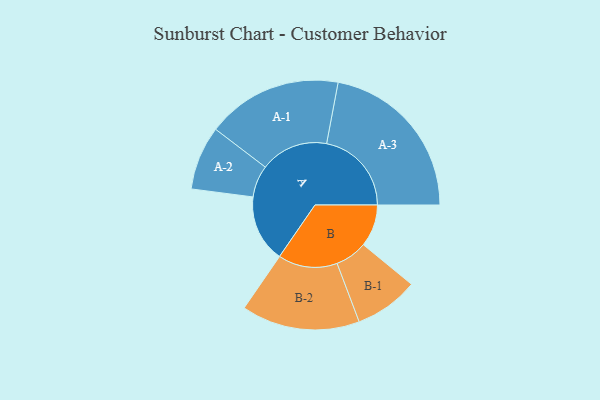
{"axis": {"x": "Segment", "y": "Value"}, "legend": ["", "A", "B"], "data": [{"x": "A", "y": 225, "type": ""}, {"x": "B", "y": 141, "type": ""}, {"x": "A-1", "y": 227, "type": "A"}, {"x": "A-2", "y": 107, "type": "A"}, {"x": "A-3", "y": 284, "type": "A"}, {"x": "B-1", "y": 107, "type": "B"}, {"x": "B-2", "y": 198, "type": "B"}]}